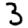
Digit: 3